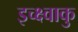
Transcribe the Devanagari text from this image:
इच्क्ष्वाकु